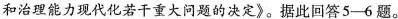
和治理能力现代化若干重大问题的决定》。据此回答5—6题。